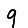
Digit: 9